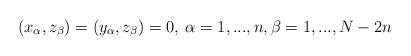
LaTeX: \begin{align*}(x_{\alpha}, z_{\beta}) = (y_{\alpha}, z_{\beta}) = 0, \:\alpha = 1,...,n,\beta = 1,...,N-2n\end{align*}